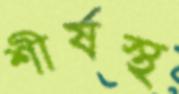
শীর্ষস্থ